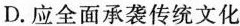
D.应全面承袭传统文化